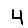
Digit: 4